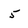
Character: 5